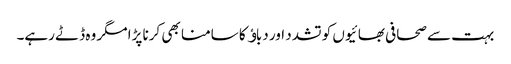
بہت سے صحافی بھائیوں کو تشدد اور دباﺅ کا سامنا بھی کرنا پڑا مگر وہ ڈٹے رہے۔